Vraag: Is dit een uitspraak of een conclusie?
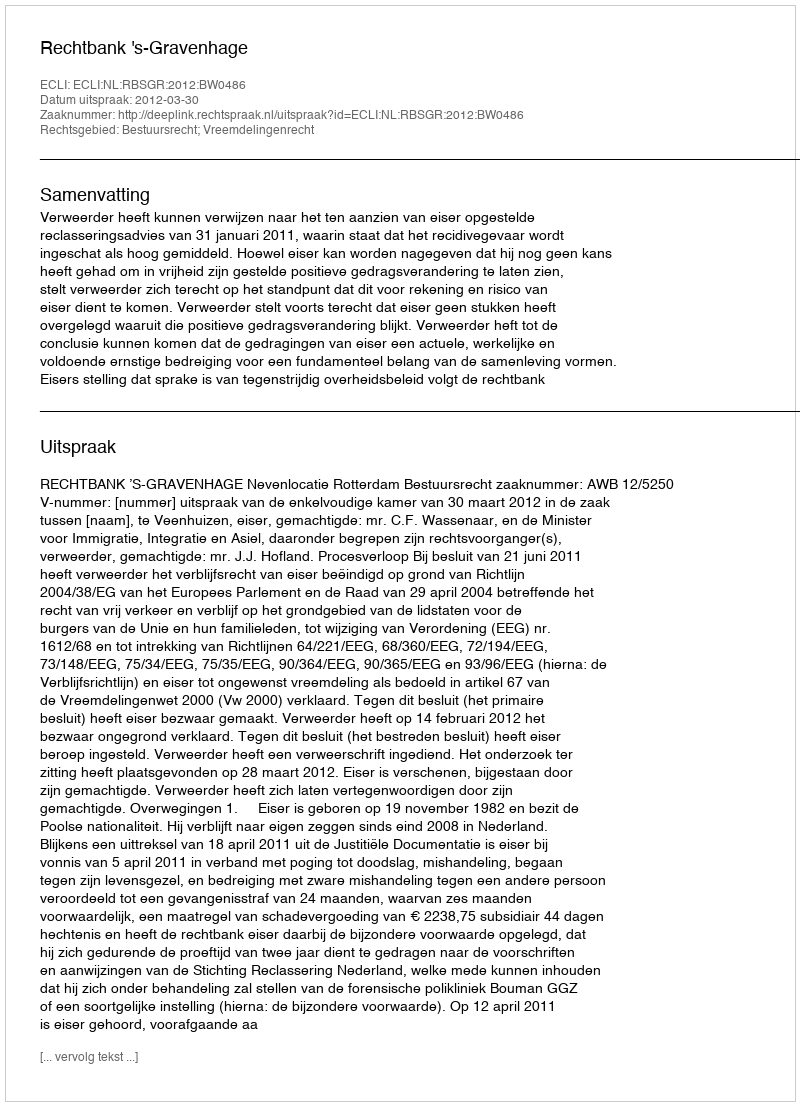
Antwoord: Uitspraak